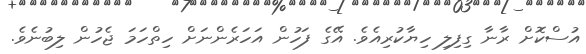
އުސްކޮށް ރާނާ ގިފިލި ހިޔާކުރިއެވެ. އޭގެ ފަހުން އަހަރެންނަށް ހިތްހަމަ ޖެހުން ލިބުނެވެ.